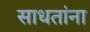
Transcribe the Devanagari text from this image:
साधतांना